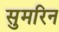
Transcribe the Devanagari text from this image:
सुमरिन